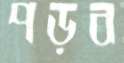
পড়ব